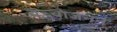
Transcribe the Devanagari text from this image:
बच्चाजनन